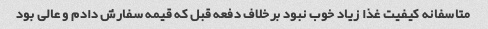
متاسفانه کیفیت غذا زیاد خوب نبود برخلاف دفعه قبل که قیمه سفارش دادم و عالی بود